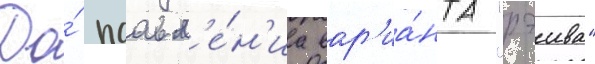
До́ поавл'е́н'иа вар'иа́нта "рэива"